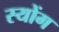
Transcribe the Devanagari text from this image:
स्योंग